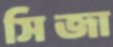
সিজা